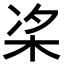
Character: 𪲁